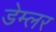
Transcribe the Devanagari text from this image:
डेम्लर